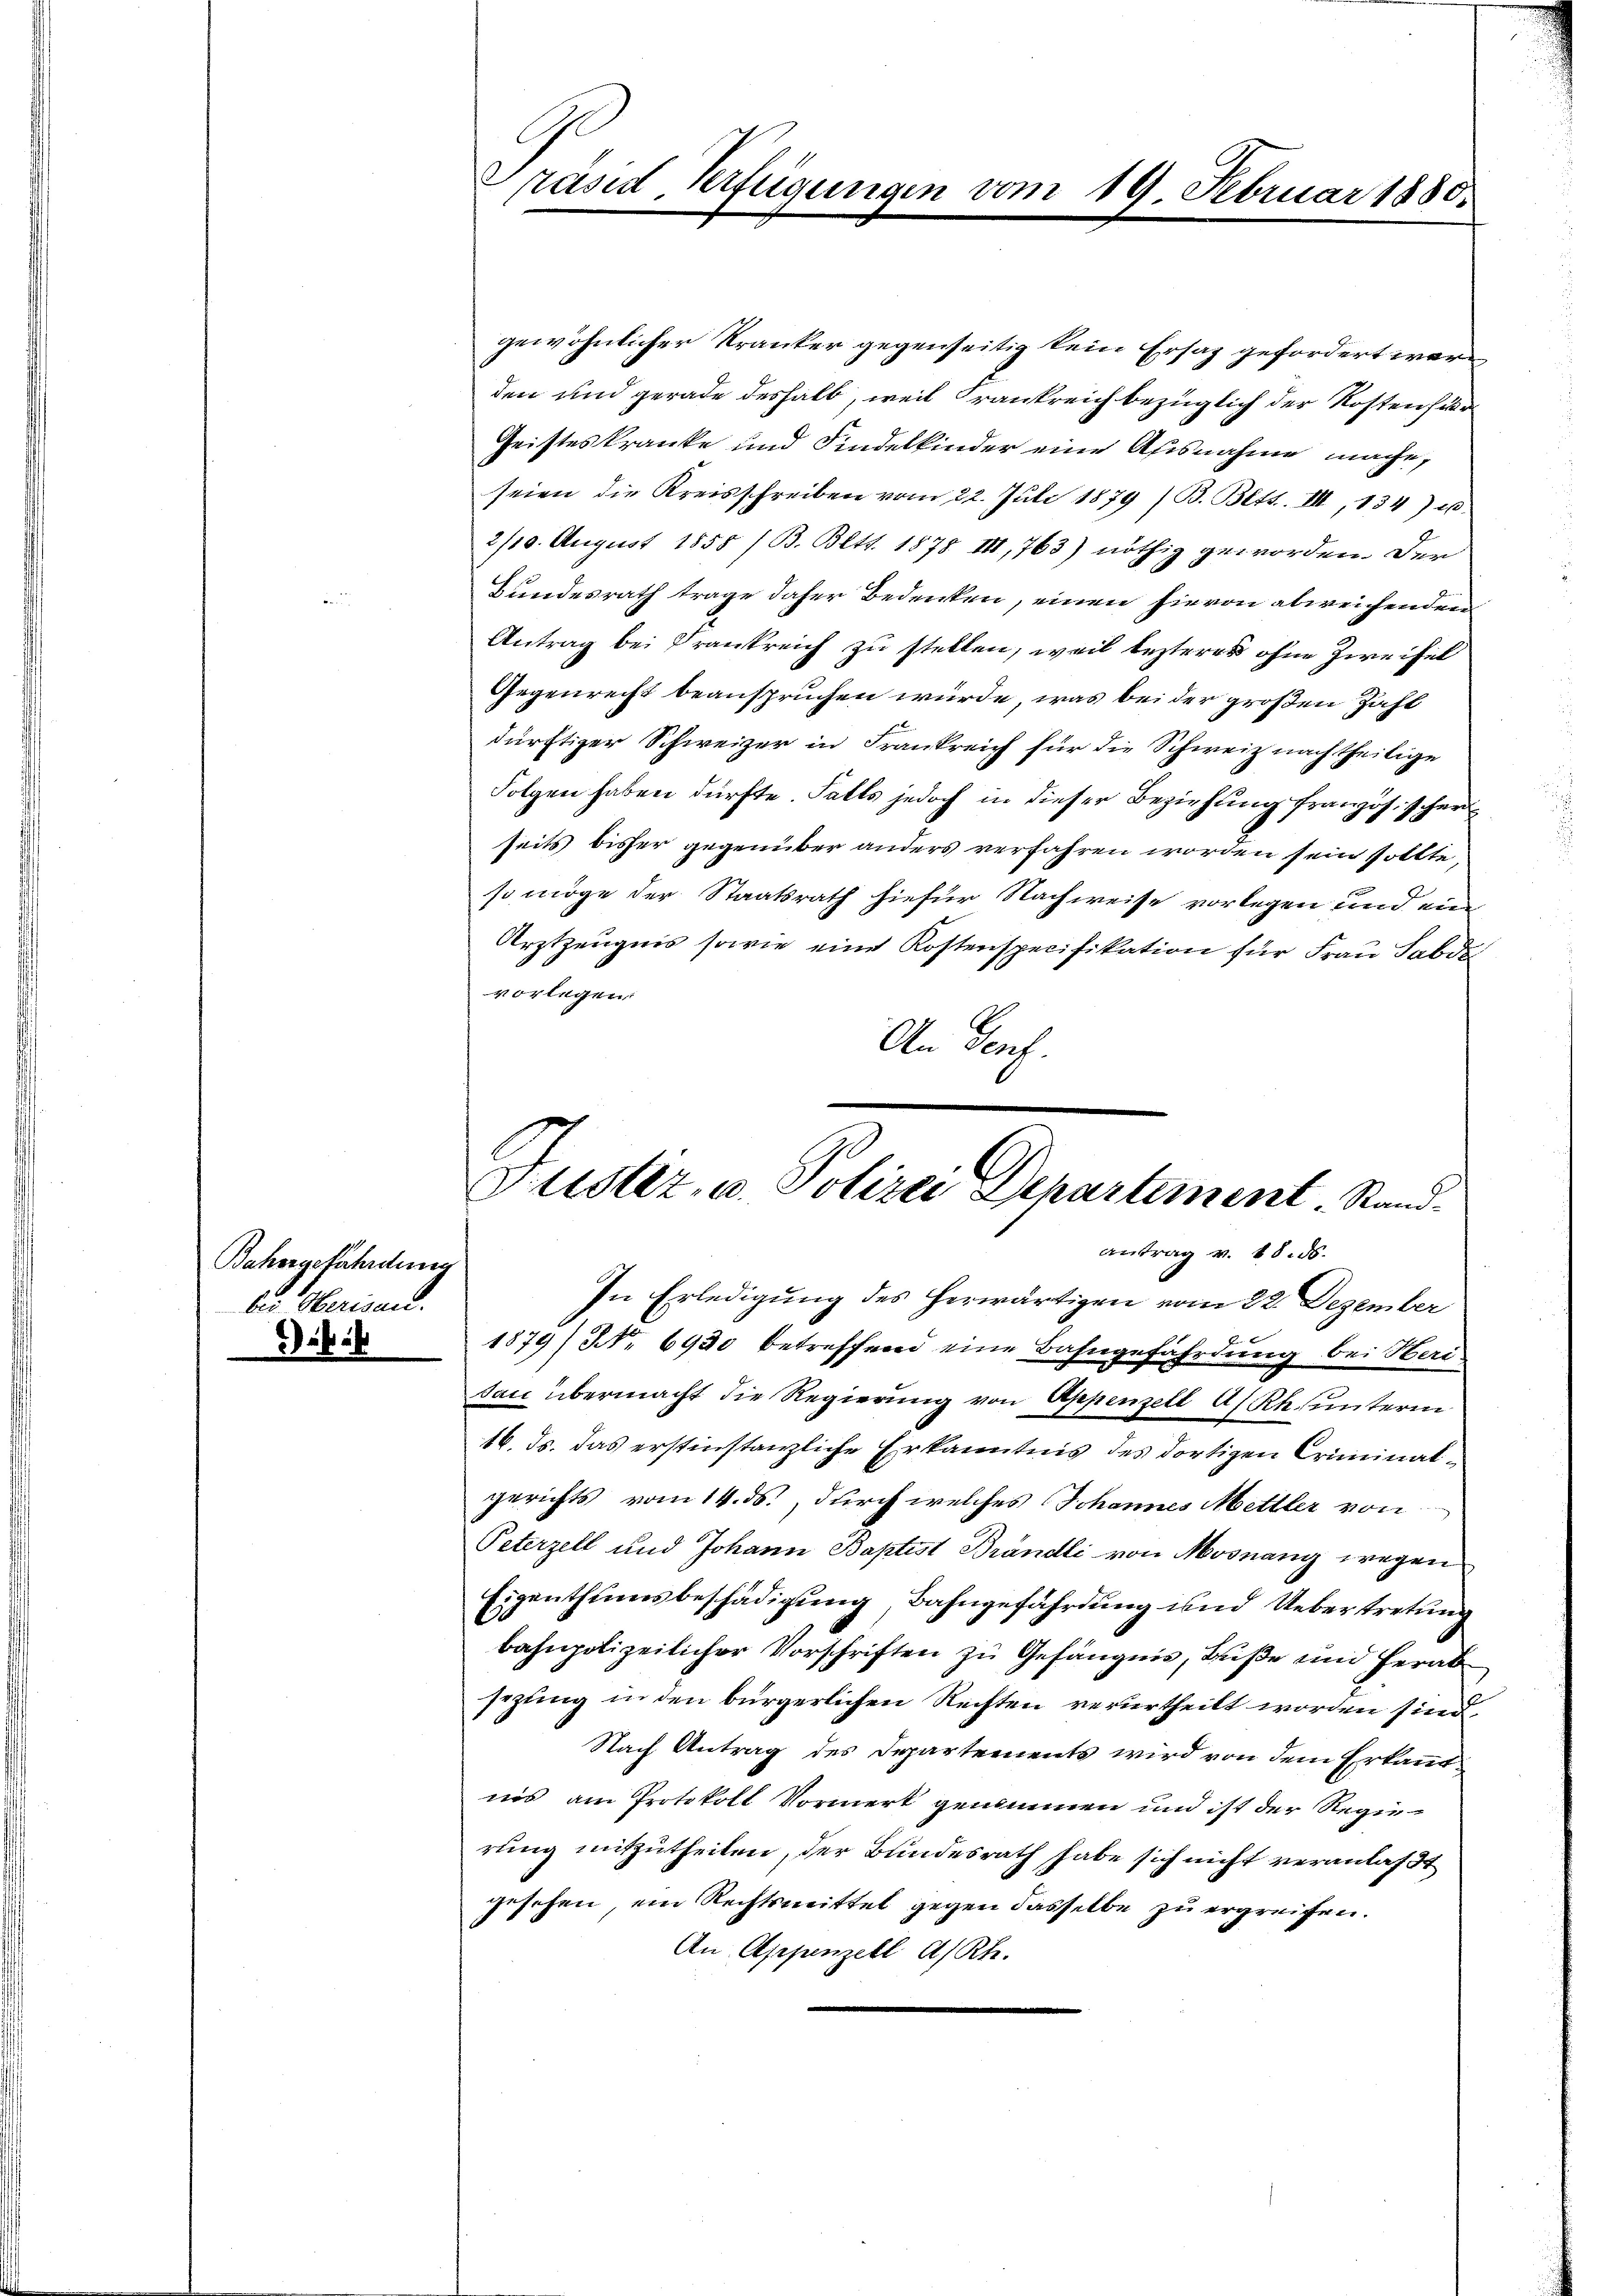
Bahorgefährdung
bis Oberisau.

Präsid. Verfügungen vom 19. Februar 1880.

gewöhnlicher Kranker gegenseitig kein Ersaz gefordert werden und gerade deshalb, weil Frankreich bezüglich der Kosten für
Geisteskranke und Kindelkinder eine Ausnahme mache,
seien die Kreisschreiben vom 22. Juli 1879 /B. Bett. III, 134) u
2/10. August 1858 /B. Bett. 1878 II, 763) nöthig geworden. Der
Bundesrath trage daher Bedenken, einen hievon abweichenden
Antrag bei Frankreich zu stellen, weil lezterer ohne Zweifel
Gegenrecht beanspruchen würde, was bei der großen Zahl
dürftiger Schweizer in Frankreich für die Schweiz nachtheilige
Folgen haben dürfte. Falls jedoch in dieser Beziehung franzischen
seits bisher gegenüber anders verfahren worden sein sollte,
so möge der Staatsrath hiefür Nachweise vorlegen und ein
Arztzeugnis sowie eine Kostenspecifikation für Frau Sald
vorlegen.
An Genf.
Justiz- u. Polizei Departement. Stand
antrag v. 18. ds.
In Erledigung des herwärtigen vom 22. Dezember
1879) Nr. 6930 betreffend eine Bahngefährdung bei Heri
tau übermacht die Regierung von Appenzell A/Rh. unterm
16. ds. das erstinstanzliche Erkanntnis des dortigen Criminalgerichts vom 14. ds., durch welches Johannes Mettler von
Peterzell und Johann Baptist Brändli von Mosnang wegen
Eigenthumsbeschädigung, Bahngefährdung und Uebertretung
bahnpolizeilicher Vorschriften zu Gefängnis, Füße und herab
sezung in den bürgerlichen Rechten verurtheilt worden sind,
Nach Antrag des Departements wird von dem Erkanntnis am Protokoll Vormerk genommen und ist der Regierung mitzutheilen, der Bundesrath habe sich nicht veranlaßt
gesehen, ein Rechtsmittel gegen dasselbe zu ergreifen.
An Appenzell A/Rh.